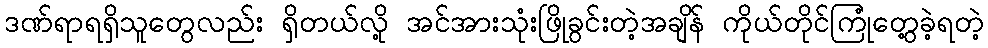
ဒဏ်ရာရရှိသူတွေလည်း ရှိတယ်လို့ အင်အားသုံးဖြိုခွင်းတဲ့အချိန် ကိုယ်တိုင်ကြုံတွေ့ခဲ့ရတဲ့